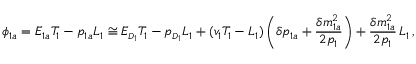
\phi _ { 1 a } = E _ { 1 a } T _ { 1 } - p _ { 1 a } L _ { 1 } \cong E _ { \scriptscriptstyle D _ { 1 } } T _ { 1 } - p _ { \scriptscriptstyle D _ { 1 } } L _ { 1 } + ( v _ { 1 } T _ { 1 } - L _ { 1 } ) \left( \delta p _ { 1 a } + \frac { \delta m _ { 1 a } ^ { 2 } } { 2 p _ { 1 } } \right) + \frac { \delta m _ { 1 a } ^ { 2 } } { 2 p _ { 1 } } \, L _ { 1 } \, ,